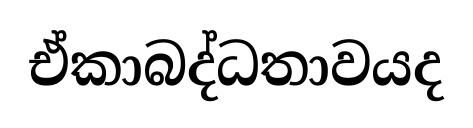
ඒකාබද්ධතාවයද